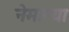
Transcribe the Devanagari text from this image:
नेमान्या